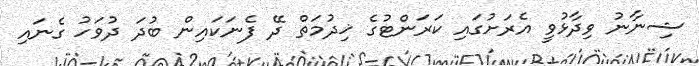
ޝިނާނު ވިދާޅުވީ އެރަށުގައި ކަރަންޓުގެ ޚިދުމަތް ދޭ ފެނަކައިން ބުދަ ދުވަހު ގެނައި